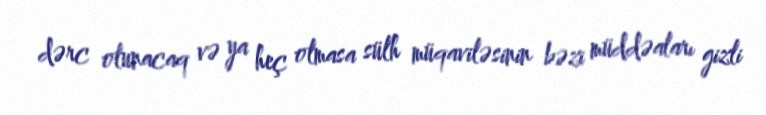
dərc olunacaq və ya heç olmasa sülh müqaviləsinin bəzi müddəaları gizli